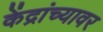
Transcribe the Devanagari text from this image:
केंद्रांच्यावर